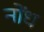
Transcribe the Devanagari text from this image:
नोंध